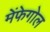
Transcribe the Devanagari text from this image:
मेंफेगोल